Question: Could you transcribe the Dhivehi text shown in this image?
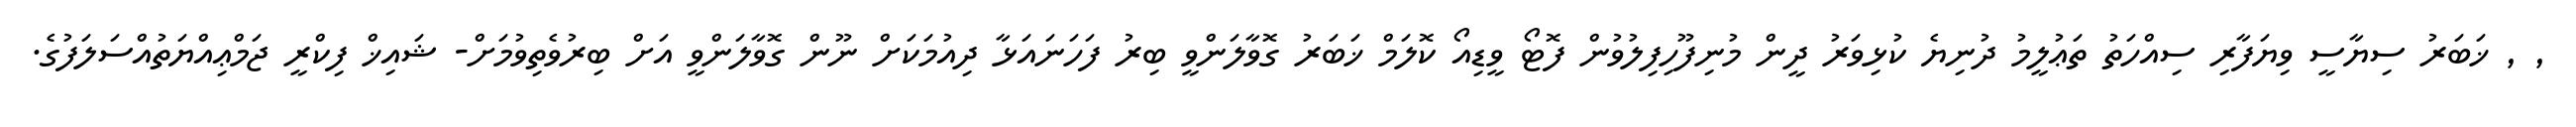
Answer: , , ޚަބަރު ސިޔާސީ ވިޔަފާރި ސިއްހަތު ތަޢުލީމު ދުނިޔެ ކުޅިވަރު ދީން މުނިފޫހިފިލުވުން ފޮޓޯ ވީޑިއޯ ކޮލަމް ޚަބަރު ގޮވާލަންވީ ބިރު ފަހަނައަޅާ ދިއުމަކަށް ނޫން ގޮވާލަންވީ އަށް ބިރުވެތިވުމަށް- ޝައިޚް ފިކްރީ ޖަމްޢިއްޔަތުއްސަލަފުގެ.